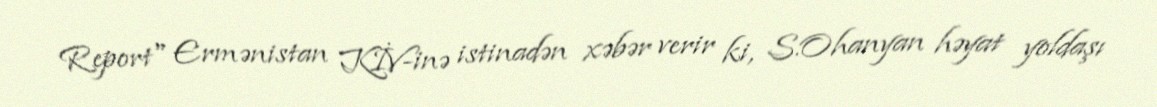
Report" Ermənistan KİV-inə istinadən xəbər verir ki, S.Ohanyan həyat yoldaşı